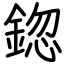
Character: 鍃